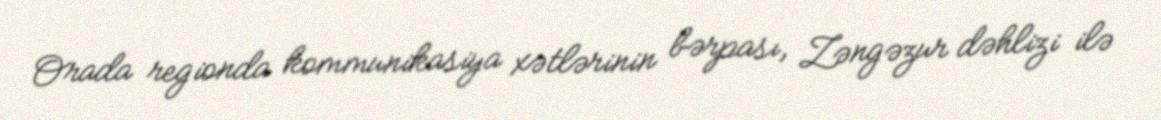
Orada regionda kommunikasiya xətlərinin bərpası, Zəngəzur dəhlizi ilə